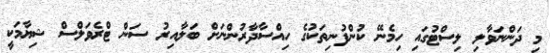
މި ދަންނަވާލި ލިސްޓުގައި ހިމެނޭ ކުންފުނިތަކުގެ ހިއްސާދާރުންނަށް ބަލާއިރު ސަން ޓްރެވަލްސް ޝިޔާމަކީ